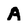
Character: A